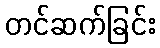
တင်ဆက်ခြင်း